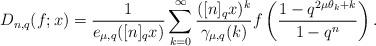
LaTeX: \begin{align*} D_{n,q}(f;x)=\frac{1}{e_{\mu,q}([n]_qx)}\sum_{k=0}^\infty \frac{([n]_qx)^k}{\gamma_{\mu,q}(k)}f \left( \frac{1-q^{2\mu\theta_k+k}}{1-q^n}\right).\end{align*}